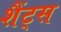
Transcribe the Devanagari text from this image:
शैंट्स